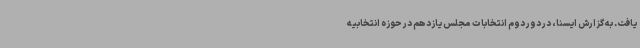
یافت. به گزارش ایسنا، در دور دوم انتخابات مجلس یازدهم در حوزه انتخابیه